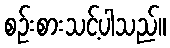
စဉ်းစားသင့်ပါသည်။